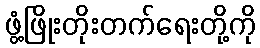
ဖွံ့ဖြိုးတိုးတက်ရေးတို့ကို